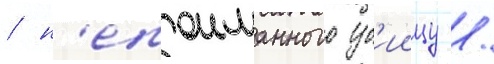
/ н'епоиманного уб'иицу /